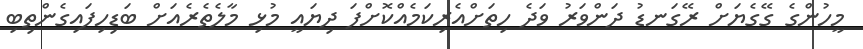
މީހުންގެ ގޭގެޔަށް ރޭގަނޑު ދަންވަރު ވަދެ ހިތަށްއެރިކަމެއްކޮށްފަ ދިޔައީ މުޅި މާލެތެރެއަށް ބަޑިހިފައިގެންތިބި